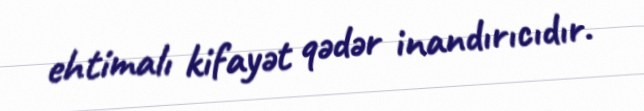
ehtimalı kifayət qədər inandırıcıdır.